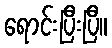
ရောင်းပြီးပြီ။